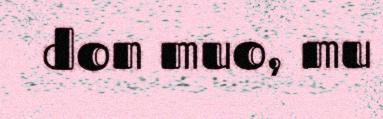
don muo, mu